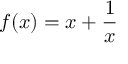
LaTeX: f ( x ) = x + { \frac { 1 } { x } }